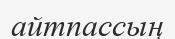
айтпассың